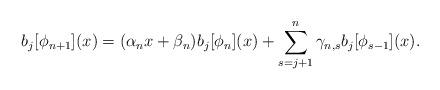
LaTeX: \begin{align*} b_{j}[\phi_{n+1}](x) = (\alpha_nx+\beta_n)b_{j}[\phi_{n}](x) + \sum_{s=j+1}^n\gamma_{n,s}b_{j}[\phi_{s-1}](x). \end{align*}